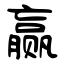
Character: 赢